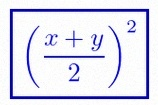
\left(\frac{x+y}{2}\right)^2